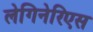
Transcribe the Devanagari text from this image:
लेगिनेरिएस